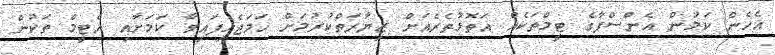
އެހެން ކަމުން އެންސްޕާގެ ޓީމްތަކެއް އަތޮޅުތެރެއަށް ޒިޔާރަތްކުރުމަށް ހަމަޖެހިފައިވާ ކަމަށާއި އެޓީމް ތަކުން